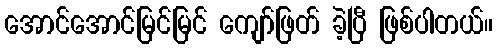
အောင်အောင်မြင်မြင် ကျော်ဖြတ် ခဲ့ပြီ ဖြစ်ပါတယ်။